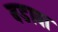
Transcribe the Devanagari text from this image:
बडावा